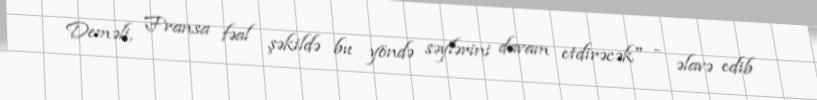
Deməli, Fransa fəal şəkildə bu yöndə səylərini davam etdirəcək" - əlavə edib